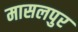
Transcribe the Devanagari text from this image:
मासलपुर